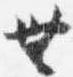
無